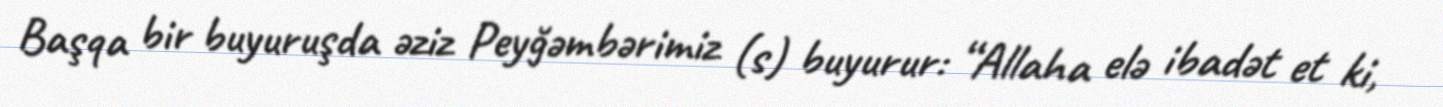
Başqa bir buyuruşda əziz Peyğəmbərimiz (s) buyurur: “Allaha elə ibadət et ki,